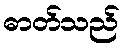
ဓာတ်သည်